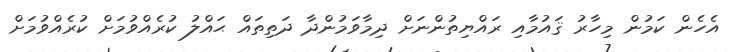
އެހެން ކަމުން މިހާރު ޤައުމާއި ރައްޔިތުންނަށް ދިމާވަމުންދާ ދަތިތައް ޙައްލު ކުރެއްވުމަށް ކުރެއްވުމަށް